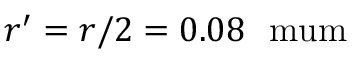
r ^ { \prime } = r / 2 = 0 . 0 8 ~ \mathrm { \ m u m }